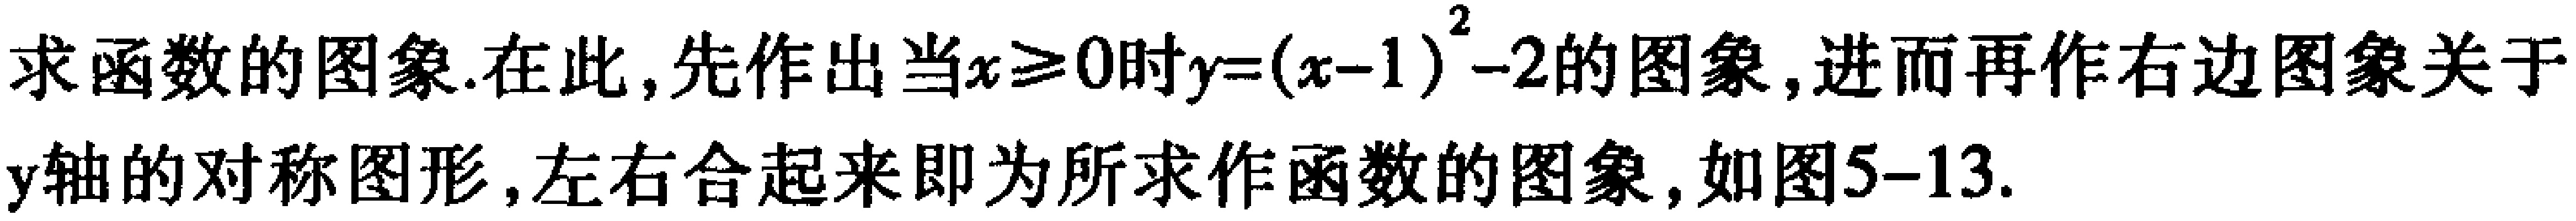
求函数的图象.在此,先作出当$x\geqslant0$时$y=(x - 1)^{2}-2$的图象,进而再作右边图象关于$y$轴的对称图形,左右合起来即为所求作函数的图象,如图5-13.